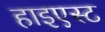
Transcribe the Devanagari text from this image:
हाइएस्ट